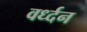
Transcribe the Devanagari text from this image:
वर्ध्दन